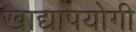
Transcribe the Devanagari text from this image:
खाद्यापयोगी